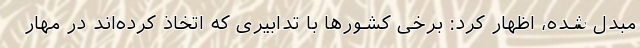
مبدل شده، اظهار کرد: برخی کشورها با تدابیری که اتخاذ کرده‌اند در مهار